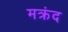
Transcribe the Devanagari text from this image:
मक्रंद